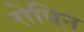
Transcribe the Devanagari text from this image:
रोपिन